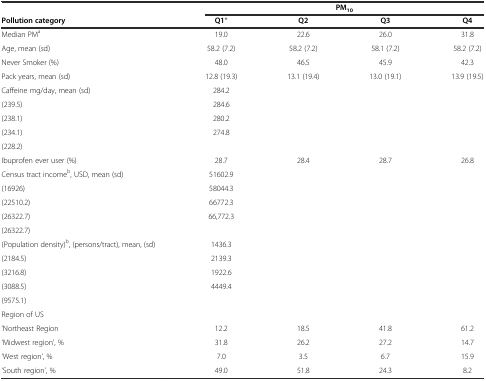
<table><thead><tr><td></td><td colspan="4"><b>PM<sub>10</sub></b></td></tr><tr><td><b>Pollution category</b></td><td><b>Q1*</b></td><td><b>Q2</b></td><td><b>Q3</b></td><td><b>Q4</b></td></tr></thead><tbody><tr><td>Median PM<sup>a</sup></td><td>19.0</td><td>22.6</td><td>26.0</td><td>31.8</td></tr><tr><td>Age, mean (sd)</td><td>58.2 (7.2)</td><td>58.2 (7.2)</td><td>58.1 (7.2)</td><td>58.2 (7.2)</td></tr><tr><td>Never Smoker (%)</td><td>48.0</td><td>46.5</td><td>45.9</td><td>42.3</td></tr><tr><td>Pack years, mean (sd)</td><td>12.8 (19.3)</td><td>13.1 (19.4)</td><td>13.0 (19.1)</td><td>13.9 (19.5)</td></tr><tr><td>Caffeine mg/day, mean (sd)</td><td>284.2</td><td></td><td></td><td></td></tr><tr><td>(239.5)</td><td>284.6</td><td></td><td></td><td></td></tr><tr><td>(238.1)</td><td>280.2</td><td></td><td></td><td></td></tr><tr><td>(234.1)</td><td>274.8</td><td></td><td></td><td></td></tr><tr><td>(228.2)</td><td></td><td></td><td></td><td></td></tr><tr><td>Ibuprofen ever user (%)</td><td>28.7</td><td>28.4</td><td>28.7</td><td>26.8</td></tr><tr><td>Census tract income<sup>b</sup>, USD, mean (sd)</td><td>51602.9</td><td></td><td></td><td></td></tr><tr><td>(16926)</td><td>58044.3</td><td></td><td></td><td></td></tr><tr><td>(22510.2)</td><td>66772.3</td><td></td><td></td><td></td></tr><tr><td>(26322.7)</td><td>66,772.3</td><td></td><td></td><td></td></tr><tr><td>(26322.7)</td><td></td><td></td><td></td><td></td></tr><tr><td>(Population density)<sup>b</sup>, (persons/tract), mean, (sd)</td><td>1436.3</td><td></td><td></td><td></td></tr><tr><td>(2184.5)</td><td>2139.3</td><td></td><td></td><td></td></tr><tr><td>(3216.8)</td><td>1922.6</td><td></td><td></td><td></td></tr><tr><td>(3088.5)</td><td>4449.4</td><td></td><td></td><td></td></tr><tr><td>(9575.1)</td><td></td><td></td><td></td><td></td></tr><tr><td>Region of US</td><td></td><td></td><td></td><td></td></tr><tr><td>‘Northeast Region</td><td>12.2</td><td>18.5</td><td>41.8</td><td>61.2</td></tr><tr><td>‘Midwest region’, %</td><td>31.8</td><td>26.2</td><td>27.2</td><td>14.7</td></tr><tr><td>‘West region’, %</td><td>7.0</td><td>3.5</td><td>6.7</td><td>15.9</td></tr><tr><td>‘South region’, %</td><td>49.0</td><td>51.8</td><td>24.3</td><td>8.2</td></tr></tbody></table>